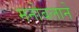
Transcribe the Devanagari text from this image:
मनोबलाने